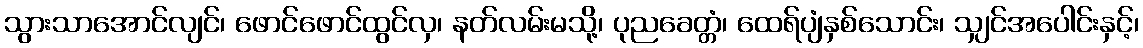
သွားသာအောင်လျင်၊ ဖောင်ဖောင်ထွင်လှ၊ နတ်လမ်းမသို့၊ ပုညခေတ္တံ၊ ထေရ်ပျံနှစ်သောင်း၊ သျှင်အပေါင်းနှင့်၊